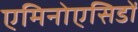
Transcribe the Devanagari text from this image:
एमिनोएसिडों